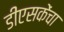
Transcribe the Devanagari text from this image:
डीएसकेंचा